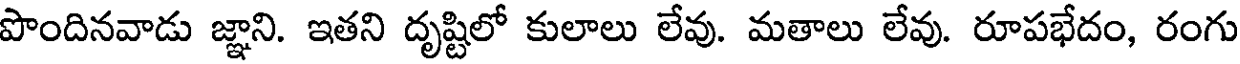
పొందినవాడు జ్ఞాని. ఇతని దృష్టిలో కులాలు లేవు. మతాలు లేవు. రూపభేదం, రంగు